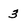
Character: 3